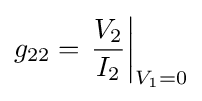
g_{22}=\left.{\frac {V_{2}}{I_{2}}}\right|_{V_{1}=0}